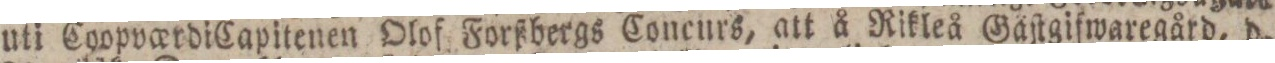
uti Coopvo_erdi Capitenen Olof Forßbergs Concurs, att å Rikleå Gäſtgifwaregård, d.